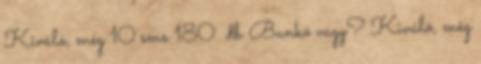
Kiváló, még 10 sms 180 db Bunkó vagy? Kiváló, még